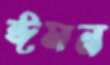
ঈমন